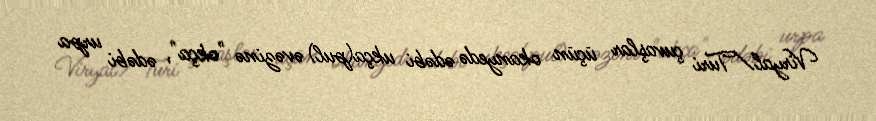
Viryal/Turi çuvaşlar üçün okanyedə ədəbi ukça(pul) əvəzinə "okça", ədəbi urpa